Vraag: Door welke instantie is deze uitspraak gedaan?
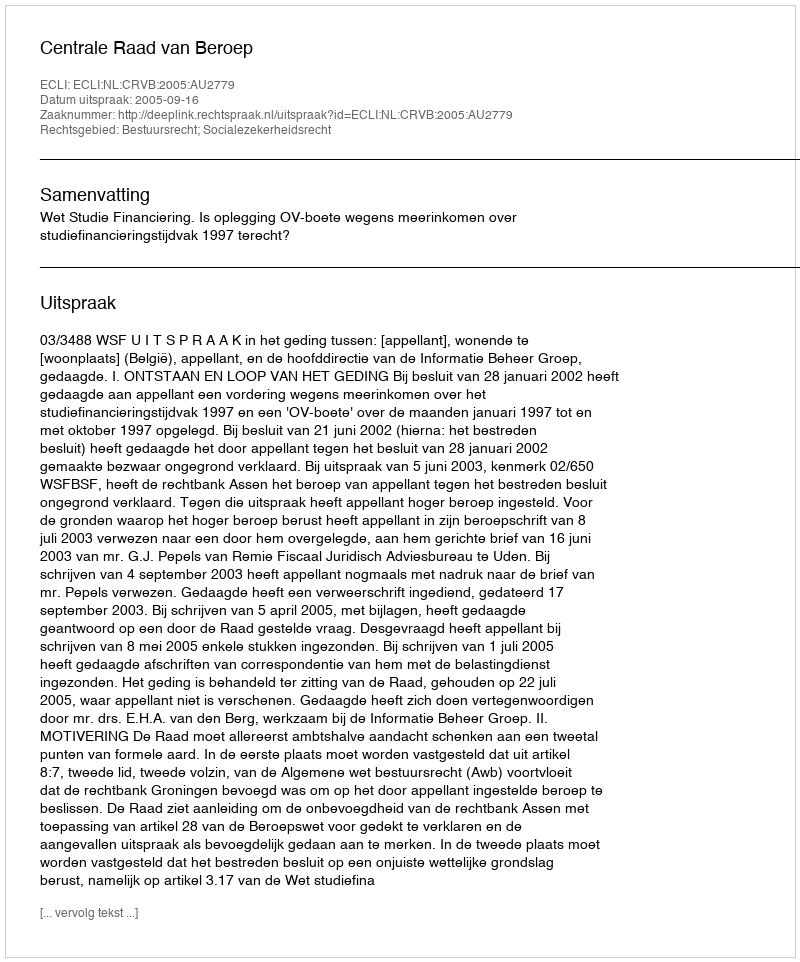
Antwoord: Centrale Raad van Beroep